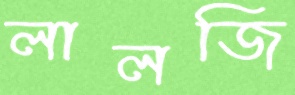
লালজি